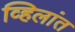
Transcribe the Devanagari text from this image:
व्हिलांत